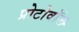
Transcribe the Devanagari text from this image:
प्रोटोवॉल